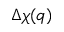
\Delta \chi ( q )